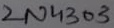
Text: 2N4303